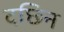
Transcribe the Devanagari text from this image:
दछिन